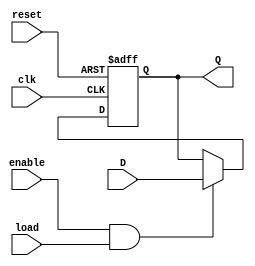
module ControlRegister (
    input wire clk,              // Clock signal
    input wire reset,            // Reset signal
    input wire load,             // Load signal
    input wire enable,           // Enable signal
    input wire [7:0] D,          // Data input (8-bit)
    output reg [7:0] Q           // Data output (8-bit)
);

    // Internal signal for control register status
    reg [7:0] control_reg;

    // Sequential logic: on the rising edge of the clock
    always @(posedge clk or posedge reset) begin
        if (reset) begin
            // Reset the control register to zero
            control_reg <= 8'b0;
        end else if (enable && load) begin
            // Load data into the control register
            control_reg <= D;
        end
    end

    // Output the value of the control register
    assign Q = control_reg;

endmodule